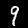
Label: 9